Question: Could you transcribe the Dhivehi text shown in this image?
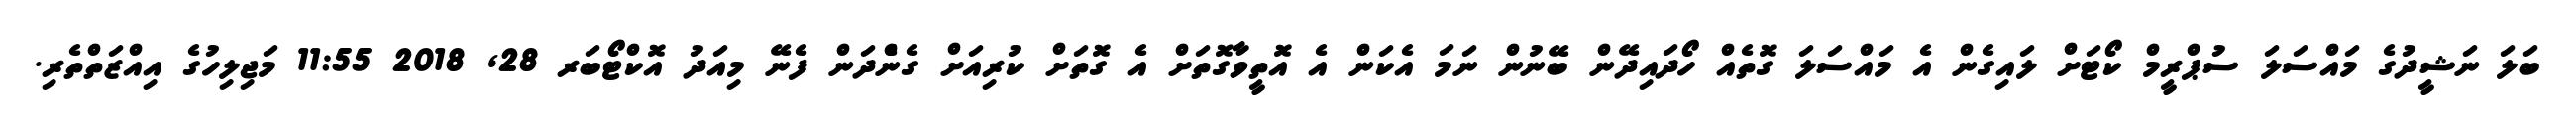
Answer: ބަލަ ނަޝީދުގެ މައްސަލަ ސުޕްރީމް ކޯޓަށް ލައިގެން އެ މައްސަލަ ގޮތެއް ހޯދައިދޭން ބޭނުން ނަމަ އެކަން އެ އޮތީވާގޮތަށް އެ ގޮތަށް ކުރިއަށް ގެންެދަން ފެނޭ މިއަދު އޮކްޓޯބަރ 28, 2018 11:55 މަޖިލިހުގެ އިއްޒަތްތެރި.